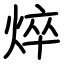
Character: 焠